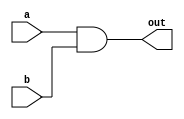
`timescale 1ns / 1ps
//////////////////////////////////////////////////////////////////////////////////
// Company: 
// Engineer: 
// 
// Design Name: 
// Module Name: and_gate
// Project Name: 
// Target Devices: 
// Tool Versions: 
// Description: 
// 
// Dependencies: 
// 
// Revision:
// Revision 0.01 - File Created
// Additional Comments:
// 
//////////////////////////////////////////////////////////////////////////////////
module and_gate(
    input a,
    input b,
    output out
    );

    assign out = a & b;

endmodule